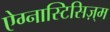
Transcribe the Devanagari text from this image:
ऐग्नास्टिसिज़्म